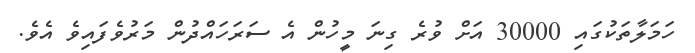
ހަމަލާތަކުގައި 30000 އަށް ވުރެ ގިނަ މީހުން އެ ސަރަހައްދުން މަރުވެފައިވެ އެވެ.